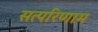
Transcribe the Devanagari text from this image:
सत्परिणाम